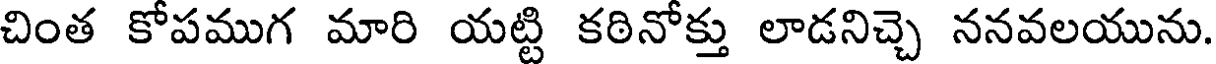
చింత కోపముగ మారి యట్టి కఠినోక్తు లాడనిచ్చె ననవలయును